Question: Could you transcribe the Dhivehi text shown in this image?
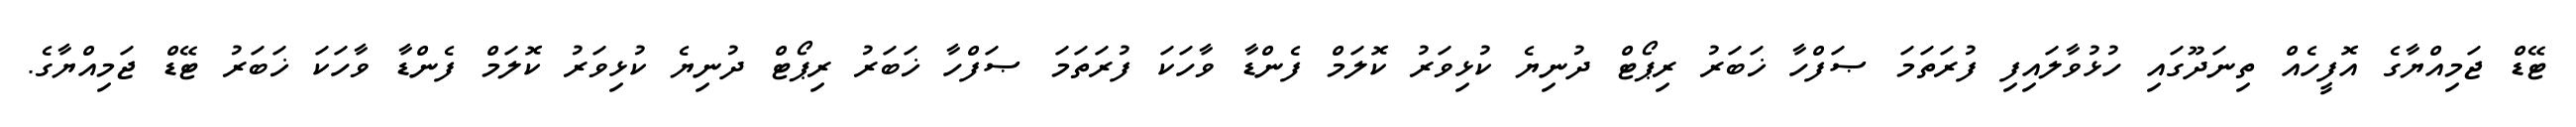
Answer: ޓޭޑް ޖަމިއްޔާގެ އޮފީހެއް ތިނަދޫގައި ހުޅުވާލައިފި ފުރަތަމަ ޞަފްހާ ޚަބަރު ރިޕޯޓް ދުނިޔެ ކުޅިވަރު ކޮލަމް ފެންޑާ ވާހަކަ ފުރަތަމަ ޞަފްހާ ޚަބަރު ރިޕޯޓް ދުނިޔެ ކުޅިވަރު ކޮލަމް ފެންޑާ ވާހަކަ ޚަބަރު ޓޭޑް ޖަމިއްޔާގެ.